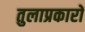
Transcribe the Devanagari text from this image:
तुलाप्रकारों